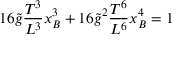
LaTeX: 1 6 \tilde { g } \frac { T ^ { 3 } } { L ^ { 3 } } x _ { B } ^ { 3 } + 1 6 \tilde { g } ^ { 2 } \frac { T ^ { 6 } } { L ^ { 6 } } x _ { B } ^ { 4 } = 1